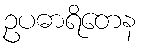
ဥပဓာရိတေန